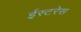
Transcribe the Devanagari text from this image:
ईस्टरेस